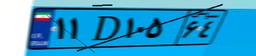
۱۱D۱۰۵۶۴